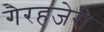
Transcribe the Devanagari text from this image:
गैरहजेरी